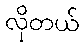
လိုတယ်